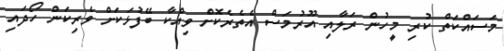
މަސައްކަތް ކުރި މީހުން ރަލާއި އޫރުމަސް އެތެރެކޮށް ވިއްކާ ބޭފުޅަކަށް ވެރިކަން ހޯދައި